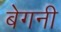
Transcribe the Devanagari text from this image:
बेगनी